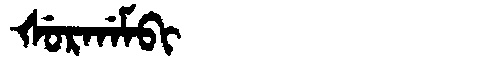
Manchu: ᡧᡠᡵᡤᠠᠮᠪᡳ
Romanization: ŠURGAMBI